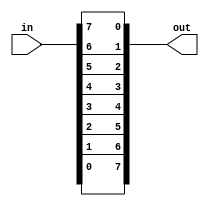
//
//
// https://hdlbits.01xz.net/wiki/Vectorr
//
//

`default_nettype none

module top_module (
    input   [7:0]   in,
    output  [7:0]   out
);

    genvar i;
    generate
        for (i = 0; i < 8; i = i + 1) begin : loop
            assign out[i] = in[7-i];
        end
    endgenerate

endmodule